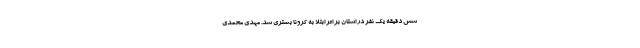
شش دقیقه یک نفر در استان بر اثر ابتلا به کرونا بستری شد. مهدی محمدی